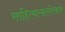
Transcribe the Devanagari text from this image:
साहित्याखालोखाल